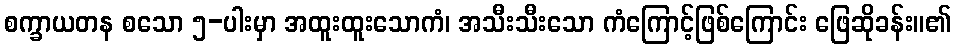
စက္ခာယတန စသော ၅-ပါးမှာ အထူးထူးသောကံ၊ အသီးသီးသော ကံကြောင့်ဖြစ်ကြောင်း ဖြေဆိုခန်း။၏